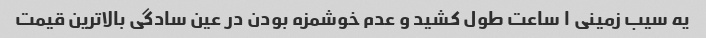
یه سیب زمینی ۱ ساعت طول کشید و عدم خوشمزه بودن در عین سادگی بالاترین قیمت